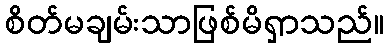
စိတ်မချမ်းသာဖြစ်မိရှာသည်။